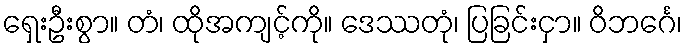
ရှေးဦးစွာ။ တံ၊ ထိုအကျင့်ကို။ ဒေဿတုံ၊ ပြခြင်းငှာ။ ဝိဘင်္ဂေ၊